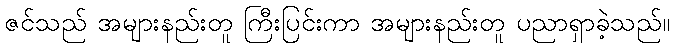
ဇင်သည် အများနည်းတူ ကြီးပြင်းကာ အများနည်းတူ ပညာရှာခဲ့သည်။